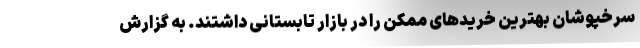
سرخپوشان بهترین خریدهای ممکن را در بازار تابستانی داشتند. به گزارش